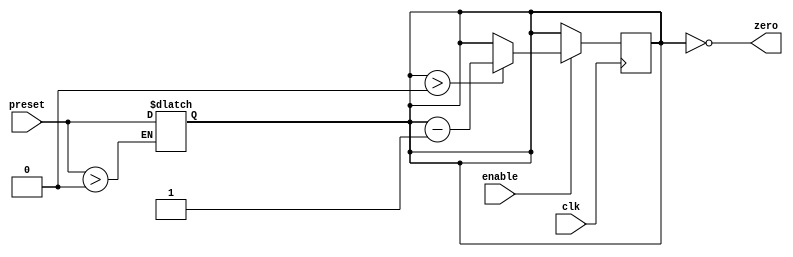
module CountdownTimer (
    input wire clk,        // clock input
    input wire enable,     // enable input
    input wire [31:0] preset,  // preset initial value input
    output reg zero        // zero output signal
);

reg [31:0] count; // countdown value

always @(posedge clk) begin
    if (enable) begin
        if (count > 0) begin
            count <= count - 1;
        end
    end
end

always @(*) begin
    if (preset > 0) begin
        count <= preset;
    end
end

assign zero = (count == 0);

endmodule